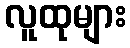
လူထုများ